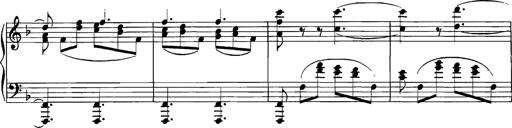
Title: Grandes Etudes
Composer: Franz Liszt